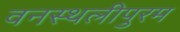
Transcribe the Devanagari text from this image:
वनस्थलीपुरम